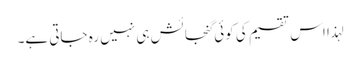
لہذا اس تقسیم کی کوئی گنجائش ہی نہیں رہ جاتی ہے۔